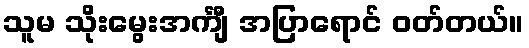
သူမ သိုးမွေးအင်္ကျီ အပြာရောင် ဝတ်တယ်။